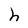
Character: h